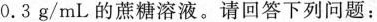
0.3g/mL的蔗糖溶液。请回答下列问题：